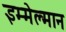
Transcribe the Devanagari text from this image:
इम्मेल्मान